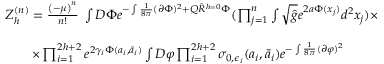
\begin{array} { l } { { Z _ { h } ^ { ( n ) } = \frac { \left( - \mu \right) ^ { n } } { n ! } \; \int D \Phi e ^ { - \int \frac { 1 } { 8 \pi } ( \partial \Phi ) ^ { 2 } + Q \hat { R } ^ { h = 0 } \Phi } ( \prod _ { j = 1 } ^ { n } \int \sqrt { \hat { g } } e ^ { 2 a \Phi ( x _ { j } ) } d ^ { 2 } x _ { j } ) \times } } \\ { { \nonumber } } \\ { { \qquad \times \prod _ { i = 1 } ^ { 2 h + 2 } e ^ { 2 \gamma _ { i } \Phi ( a _ { i } , \bar { a } _ { i } ) } \int D \varphi \prod _ { i = 1 } ^ { 2 h + 2 } \sigma _ { 0 , \epsilon _ { i } } ( a _ { i } , \bar { a } _ { i } ) e ^ { - \int \frac { 1 } { 8 \pi } ( \partial \varphi ) ^ { 2 } } } } \end{array}